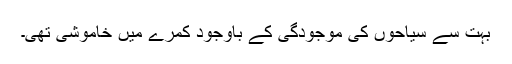
بہت سے سیاحوں کی موجودگی کے باوجود کمرے میں خاموشی تھی۔